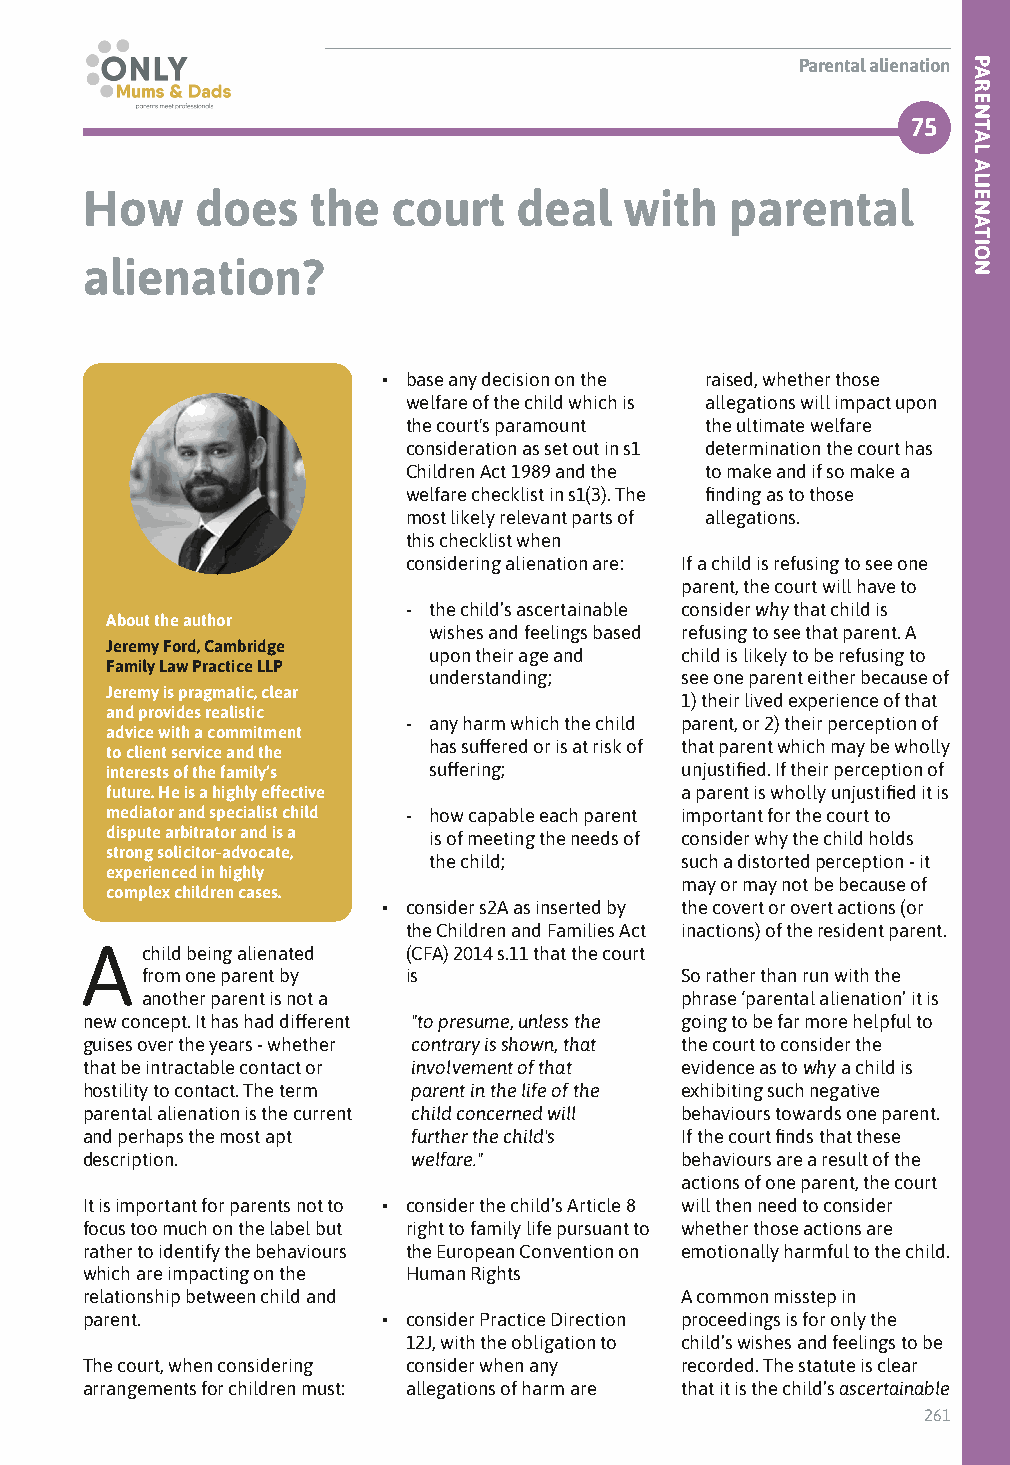
Parental alienation
 75
 How     does   the   court   deal   with   parental
 alienation?
 • base any decision on the raised, whether those
 welfare of the child which is allegations will impact upon
 the court's paramount the ultimate welfare
 consideration as set out in s1 determination the court has
 Children Act 1989 and the to make and if so make a
 welfare checklist in s1(3). The finding as to those
 most likely relevant parts of allegations.
 this checklist when
 considering alienation are: If a child is refusing to see one
 parent, the court will have to
 - the child’s ascertainable consider why that child is
 About the author
 wishes and feelings based refusing to see that parent. A
 Jeremy Ford, Cambridge
 upon their age and child is likely to be refusing to
 Family Law Practice LLP
 understanding;   see one parent either because of
 Jeremy is pragmatic, clear
 1) their lived experience of that
 and provides realistic
 - any harm which the child parent, or 2) their perception of
 advice with a commitment
 has suffered or is at risk of that parent which may be wholly
 to client service and the
 interests of the family’s suffering;  unjustified. If their perception of
 future. He is a highly effective      a parent is wholly unjustified it is
 mediator and specialist child - how capable each parent important for the court to
 dispute arbitrator and is a is of meeting the needs of consider why the child holds
 strong solicitor-advocate,
 the child;       such a distorted perception - it
 experienced in highly
 may or may not be because of
 complex children cases.
 • consider s2A as inserted by the covert or overt actions (or
 the Children and Families Act inactions) of the resident parent.
 A   child being alienated (CFA) 2014 s.11 that the court
 from one parent by is               So rather than run with the
 another parent is not a             phrase ‘parental alienation’ it is
 new concept. It has had different "to presume, unless the going to be far more helpful to
 guises over the years - whether contrary is shown, that the court to consider the
 that be intractable contact or involvement of that evidence as to why a child is
 hostility to contact. The term parent in the life of the exhibiting such negative
 parental alienation is the current child concerned will behaviours towards one parent.
 and perhaps the most apt further the child's If the court finds that these
 description.          welfare."         behaviours are a result of the
 actions of one parent, the court
 It is important for parents not to • consider the child’s Article 8 will then need to consider
 focus too much on the label but right to family life pursuant to whether those actions are
 rather to identify the behaviours the European Convention on emotionally harmful to the child.
 which are impacting on the Human Rights
 relationship between child and          A common misstep in
 parent.             • consider Practice Direction proceedings is for only the
 12J, with the obligation to child’s wishes and feelings to be
 The court, when considering consider when any recorded. The statute is clear
 arrangements for children must: allegations of harm are that it is the child’s ascertainable
 261
 PARENTAL
 ALIENATION